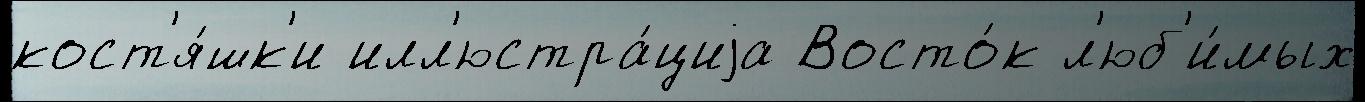
кост'я́шк'и илл'юстра́циjа Восто́к л'юб'и́мых